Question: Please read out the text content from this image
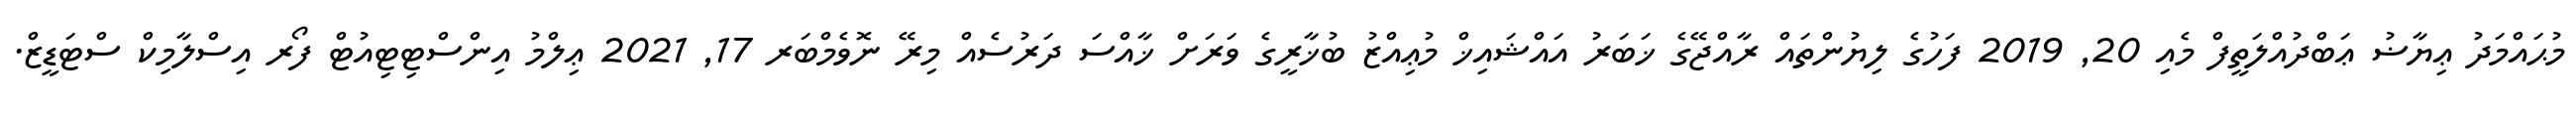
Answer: މުޙައްމަދު ޢިޔާޟު ޢަބްދުއްލަތީފް މެއި 20, 2019 ފަހުގެ ލިޔުންތައް ރާއްޖޭގެ ޚަބަރު އައްޝައިޚް މުޢިއްޒު ބުޚާރީގެ ވަރަށް ޚާއްސަ ދަރުސެއް މިރޭ ނޮވެމްބަރ 17, 2021 ޢިލްމު އިންސްޓިޓިއުޓް ފޯރ އިސްލާމިކް ސްޓަޑީޒް.